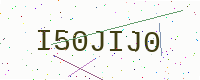
Text: I50JIJ0